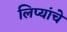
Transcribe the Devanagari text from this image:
लिप्यांचे